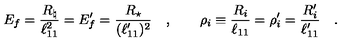
E _ { f } = { \frac { R _ { \natural } } { \ell _ { 1 1 } ^ { 2 } } } = E _ { f } ^ { \prime } = { \frac { R _ { \star } } { ( \ell _ { 1 1 } ^ { \prime } ) ^ { 2 } } } \quad , \qquad \rho _ { i } \equiv { \frac { R _ { i } } { \ell _ { 1 1 } } } = \rho _ { i } ^ { \prime } = { \frac { R _ { i } ^ { \prime } } { \ell _ { 1 1 } ^ { \prime } } } \quad .